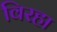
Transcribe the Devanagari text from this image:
विरहा